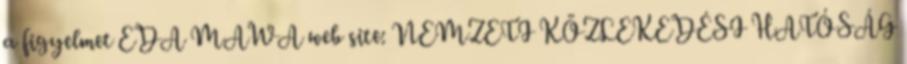
a figyelmet EDA MAWA web site: NEMZETI KÖZLEKEDÉSI HATÓSÁG